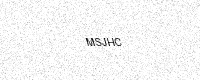
Text: MSJHC